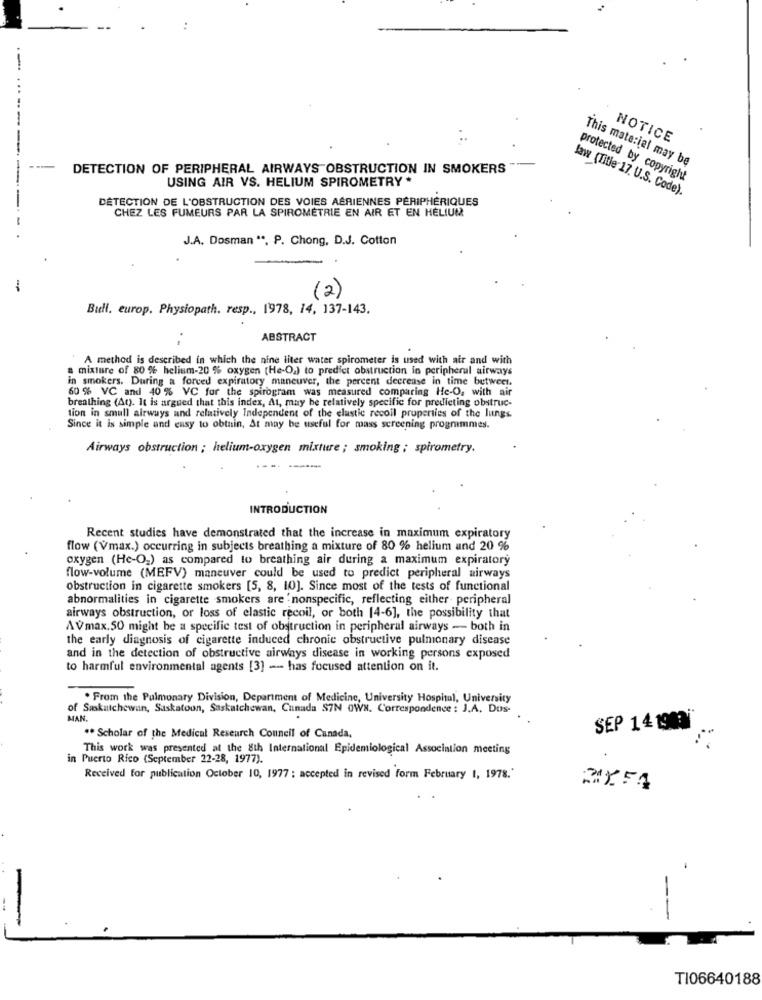
-
NOTICE
DETECTION OF PERIPHERAL AIRWAYS OBSTRUCTION IN SMOKERS
This material may be
------
USING AIR VS. HELIUM SPIROMETRY *
protected by copyright
law (Title 17. U.S. Code).
DÉTECTION DE L'OBSTRUCTION DES VOIES AÉRIENNES PÉRIPHÉRIQUES
CHEZ LES FUMEURS PAR LA SPIROMETRIE EN AIR ET EN HELIUM
J.A. Dosman **, P. Chong, D.J. Cotton
(2)
Bidi. europ. Physiopath. resp ., 1978, 14, 137-143.
ABSTRACT
A method is described in which the nine liter water spirometer is used with air and with
mixture of 80 % helium-20 % oxygen [He-O.) to predict obstruction in peripheral airways
in smokers. During a forced expiratory maneuver, the percent decrease in time between.
60 % VC and 40 % VC for the spirogram was measured comparing He-O, with air
breathing (At). It is argued that this index, At, may be relatively specific for predicting obstruc-
tion in small airways and relatively Independent of the elastic recoil properties of the lungs.
Since it is simple and easy to obtain, At may be useful for mass screening programmes.
Airways obstruction ; helium-oxygen mixture ; smoking ; spirometry.
---
INTRODUCTION
Recent studies have demonstrated that the increase in maximum expiratory
flow ( Vmax.) occurring in subjects breathing a mixture of 80 % helium and 20 %
oxygen (He-O2) as compared to breathing air during a maximum expiratory
flow-volume (MEFV) maneuver could be used to predict peripheral airways
obstruction in cigarette smokers [5, 8, 10]. Since most of the tests of functional
abnormalities in cigarette smokers are 'nonspecific, reflecting either- peripheral
airways obstruction, or loss of elastic recoil, or both [4-6], the possibility that
AVmax.50 might be a specific test of obstruction in peripheral airways - both in
the early diagnosis of cigarette induced chronic obstructive pulmonary disease
and in the detection of obstructive airways disease in working persons exposed
to harmful environmental agents [3] -- has focused attention on it.
. From the Pulmonary Division, Department of Medicine, University Hospital, University
of Saskatchewan, Saskatoon, Saskatchewan, Canada S7N OWN. Correspondence : J.A. Dos-
MAN.
SEP 14 1903Ï
** Scholar of the Medical Research Council of Canada,
This work was presented at the 8th International Epidemiological Association meeting
in Puerto Rico (September 22-28, 1977).
Received for publication October 10, 1977 ; accepted in revised form February 1, 1978.'
RIXFA
-
-
TI06640188